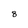
Character: 8